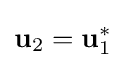
\mathbf {u} _{2}=\mathbf {u} _{1}^{*}